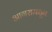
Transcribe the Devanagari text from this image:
आगरामधून